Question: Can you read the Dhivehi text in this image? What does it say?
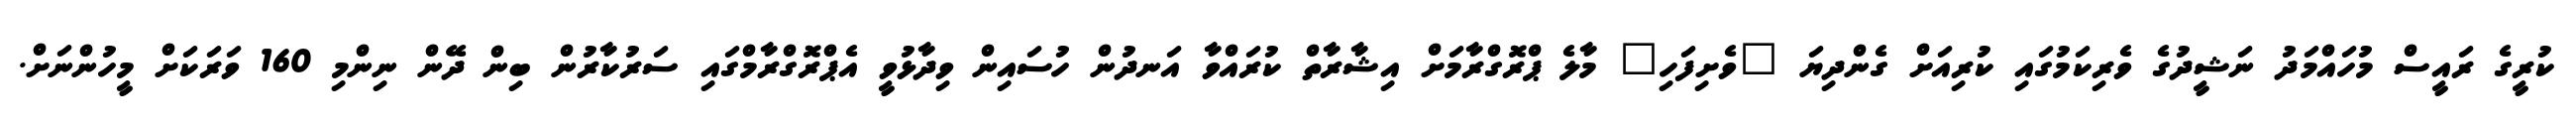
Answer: ކުރީގެ ރައީސް މުހައްމަދު ނަޝީދުގެ ވެރިކަމުގައި ކުރިއަށް ގެންދިޔަ "ވެށިފަހި" މާލެ ޕްރޮގްރާމަށް އިޝާރާތް ކުރައްވާ އަނދުން ހުސައިން ވިދާޅުވީ އެޕްރޮގްރާމްގައި ސަރުކާރުން ބިން ދޭން ނިންމި 160 ވަރަކަށް މީހުންނަށް.